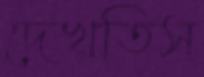
দেখতিস